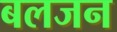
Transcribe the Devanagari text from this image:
बलजन